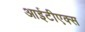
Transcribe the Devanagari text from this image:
आईटीएक्स